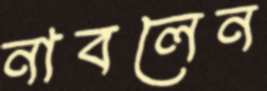
নাবলেন